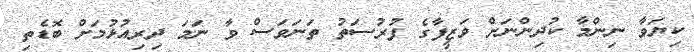
ކިޔަވާ ނިންމާ ކުދިންނަށް ވަޒީފާގެ ފުރުސަތު ތަނަވަސް ވާ ނަމަ ދިރިއުޅުމަށް ބޮޑެތި